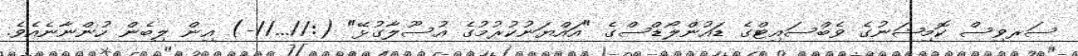
ސަރވިސް ކޮމިޝަނުގެ ވެބްސައިޓްގެ ޑައުންލޯޑްސްގެ "އައްޔަނުކުރުމުގެ އުސޫލާގުޅޭ" (://...//-) އިން ލިބެން ހުންނާނެއެވެ.